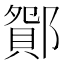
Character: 𨞆